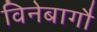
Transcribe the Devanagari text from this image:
विनेबागौ